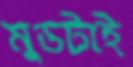
মুডটাই